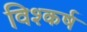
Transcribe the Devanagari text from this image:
विश्कर्ष